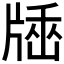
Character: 𤗠